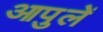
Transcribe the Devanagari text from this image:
आपुलें